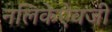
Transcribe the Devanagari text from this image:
नलिकेऐवजी